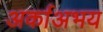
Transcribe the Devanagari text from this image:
अर्काअभय